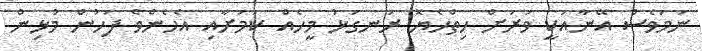
ނަމަވެސް އޭނާއަކީ ވަރަށް ހިތްހެޔޮ ރަނގަޅު މީހެއް ކަމަށާއި އެހެންވެ ފަހުން މުޅިން